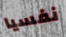
نفسيا